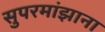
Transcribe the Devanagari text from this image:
सुपरमांझाना